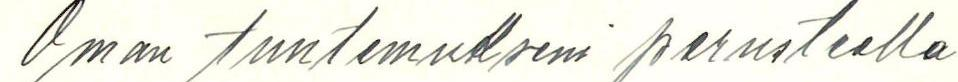
Oman tuntemukseni perusteella